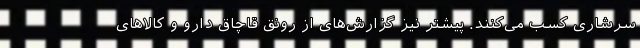
سرشاری کسب می‌کنند. پیشتر نیز گزارش‌های از رونق قاچاق دارو و کالاهای